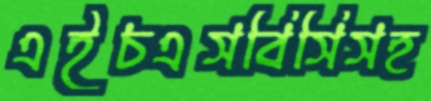
এইচএসবিসিসহ